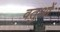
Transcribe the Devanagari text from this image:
वतुओं